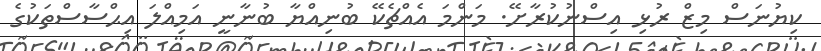
ކިޔުނަސް މިޒް ރުޅި އިސްނުކުރާށޭ. މަންމަ އެއްޗެކޭ ބުނިއްޔާ ބުނާނީ އަމިއްލަ އިޙްސާސްތަކުގެ